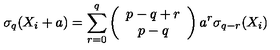
\sigma _ { q } ( X _ { i } + a ) = \sum _ { r = 0 } ^ { q } \left( \begin{array} { c } { p - q + r } \\ { p - q } \\ \end{array} \right) a ^ { r } \sigma _ { q - r } ( X _ { i } )